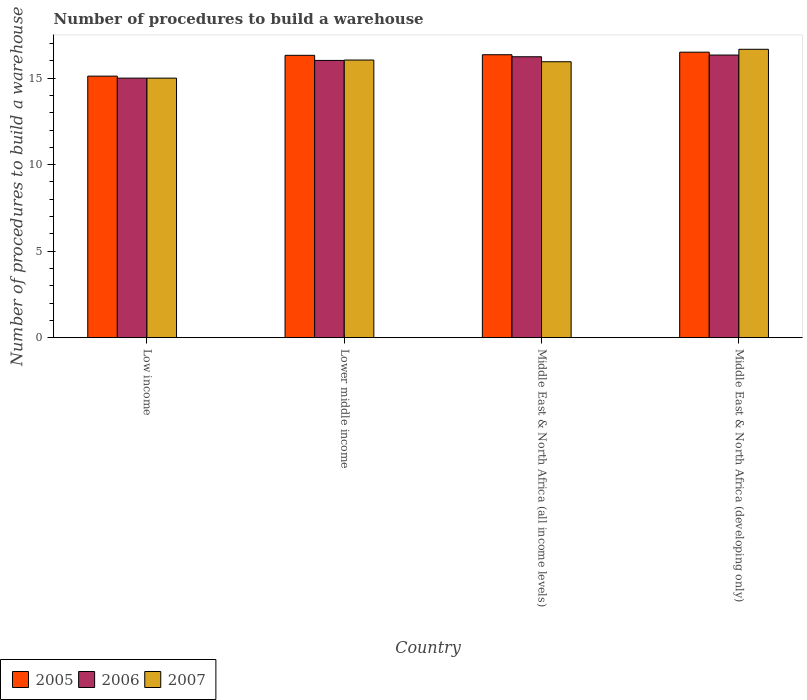
| Country | 2005 | 2006 | 2007 |
 | --- | --- | --- | --- |
 | Low income | 15.1 | 15 | 15 |
 | Lower middle income | 16.3 | 16 | 16 |
 | Middle East & North Africa (all income levels) | 16.4 | 16.2 | 15.9 |
 | Middle East & North Africa (developing only) | 16.5 | 16.3 | 16.7 |